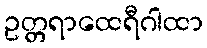
ဥတ္တရာထေရီဂါထာ